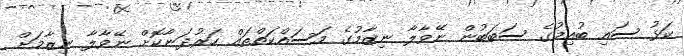
ކަޅު ސައި ބުއިމުގެ ސަބަބުން ނޭވާލާ ނިޒާމުގެ މަސައްކަތްތައް ހަރުދަނާކޮށް ނޭވާލާ ނިޒާމަށް